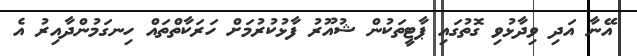
އޭނާ އަދި ވިދާޅުވި ގޮތުގައި ޕާޓީތަކުން ޝުއޫރު ފާޅުކުރުމަށް ހަރަކާތްތައް ހިނގަމުންދާއިރު އެ